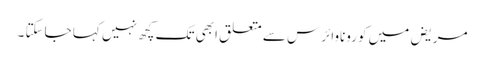
مریض میں کوروناوائرس سے متعلق ابھی تک کچھ نہیں کہا جاسکتا ۔